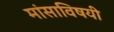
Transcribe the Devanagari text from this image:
मांसाविषयी